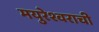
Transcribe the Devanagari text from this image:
मयुरेश्वराची